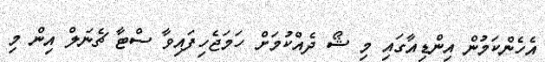
އެހެންކަމުން އިންޑިއާގައި މި ޝޯ ދެއްކުމަށް ހަމަޖެހިފައިވާ ސްޓާ ޗެނަލް އިން މި